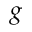
g